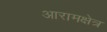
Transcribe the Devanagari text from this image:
आरामक्षेत्र